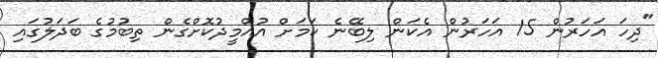
"ދިހަ އަހަރުން 15 އަހަރުން އެކަން ލިބޭނެ ކަމަށް އުއްމީދުކޮށްގެން ތިބުމުގެ ބަދަލުގައި